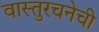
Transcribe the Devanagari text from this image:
वास्तुरचनेची